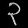
Digit: ၃